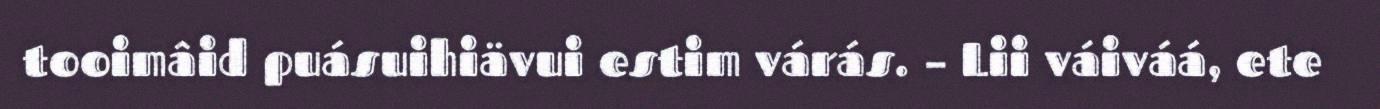
tooimâid puásuihiävui estim várás. – Lii váiváá, ete